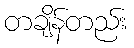
တချိန်တည်း